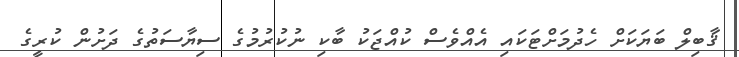
ޤާބިލް ބަޔަކަށް ހެދުމަށްޓަކައި އެއްވެސް ކުއްޖަކު ބާކި ނުކުރުމުގެ ސިޔާސަތުގެ ދަށުން ކުރީގެ